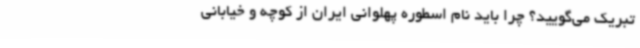
تبریک می‌گویید؟ چرا باید نام اسطوره پهلوانی ایران از کوچه و خیابانی